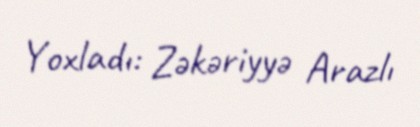
Yoxladı: Zəkəriyyə Arazlı